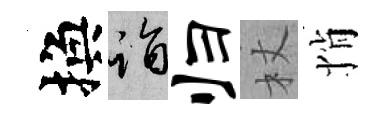
換诣归杖悄